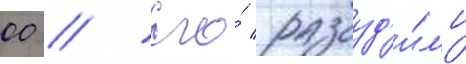
00 // Его́ разбуд'и́л'и